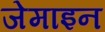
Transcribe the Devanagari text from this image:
जेमाइन